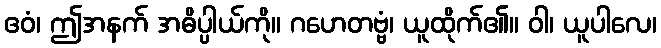
ဧဝံ၊ ဤအနက် အဓိပ္ပါယ်ကို။ ဂဟေတဗ္ဗံ၊ ယူထိုက်၏။ ဝါ၊ ယူပါလေ၊